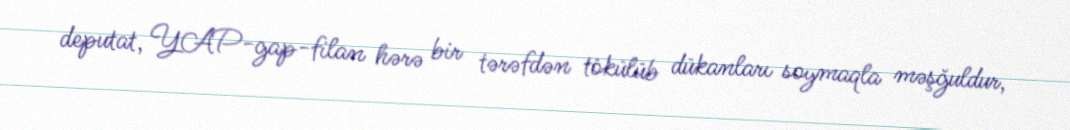
deputat, YAP-gap-filan hərə bir tərəfdən tökülüb dükanları soymaqla məşğuldur,